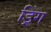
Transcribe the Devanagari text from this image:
ड्रिंग